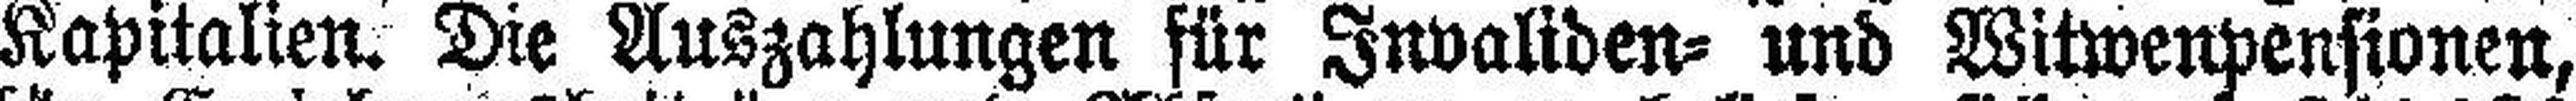
Kapitalien. Die Auszahlungen für Invaliden= und Witwenpensionen,